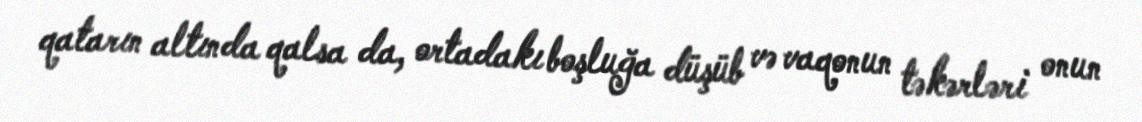
qatarın altında qalsa da, ortadakı boşluğa düşüb və vaqonun təkərləri onun